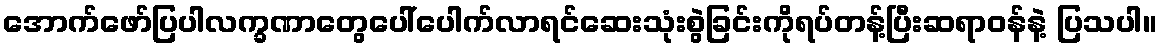
အောက်ဖော်ပြပါလက္ခဏာတွေပေါ်ပေါက်လာရင်ဆေးသုံးစွဲခြင်းကိုရပ်တန့်ပြီးဆရာဝန်နဲ့ ပြသပါ။